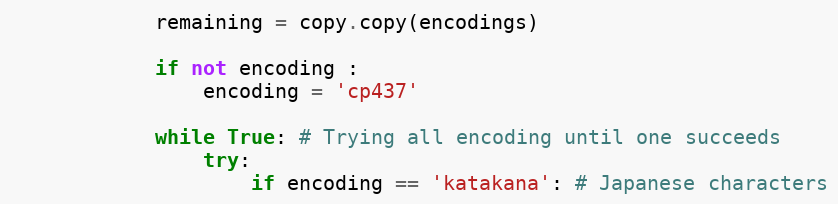
Language: Python
            remaining = copy.copy(encodings)

            if not encoding :
                encoding = 'cp437'

            while True: # Trying all encoding until one succeeds
                try:
                    if encoding == 'katakana': # Japanese characters